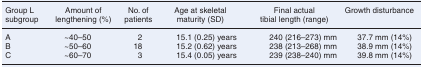
<table><thead><tr><td><b>Group L subgroup</b></td><td><b>Amount of lengthening (%)</b></td><td><b>No. of patients</b></td><td><b>Age at skeletal maturity (SD)</b></td><td><b>Final actual tibial length (range)</b></td><td><b>Growth disturbance</b></td></tr></thead><tbody><tr><td>A</td><td>∼40–50</td><td>2</td><td>15.1 (0.25) years</td><td>240 (216–273) mm</td><td>37.7 mm (14%)</td></tr><tr><td>B</td><td>∼50–60</td><td>18</td><td>15.2 (0.62) years</td><td>238 (213–268) mm</td><td>38.9 mm (14%)</td></tr><tr><td>C</td><td>∼60–70</td><td>3</td><td>15.4 (0.05) years</td><td>239 (238–240) mm</td><td>39.8 mm (14%)</td></tr></tbody></table>